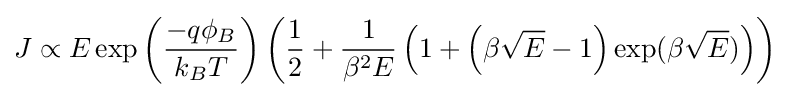
J\propto E\exp \left({\frac {-q\phi _{B}}{k_{B}T}}\right)\left({\frac {1}{2}}+{\frac {1}{\beta ^{2}E}}\left(1+\left(\beta {\sqrt {E}}-1\right)\exp(\beta {\sqrt {E}})\right)\right)